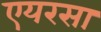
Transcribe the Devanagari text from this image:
एयरसा